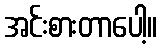
အင်းစားတာပေါ့။